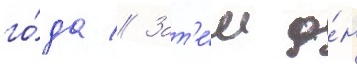
го́да // Зат'е́м о́н